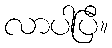
လာပါပြီ။